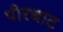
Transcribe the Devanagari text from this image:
पीरधाट